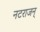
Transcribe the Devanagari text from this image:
नटराजन्‌